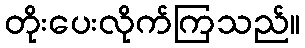
တိုးပေးလိုက်ကြသည်။